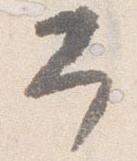
予